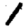
Digit: 1